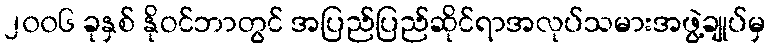
၂၀၀၆ ခုနှစ် နိုဝင်ဘာတွင် အပြည်ပြည်ဆိုင်ရာအလုပ်သမားအဖွဲ့ချုပ်မှ